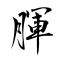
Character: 腪